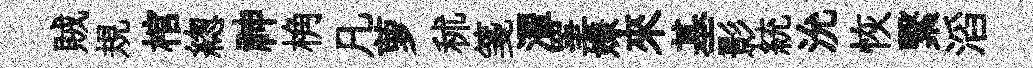
賊規棺緫神桷凡萝秫箋濯罣嫌來基影統沇恢繄滔